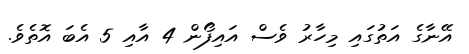
އޭނާގެ އަތުގައި މިހާރު ވެސް އައިފޯން 4 އާއި 5 އެބަ އޮތެވެ.